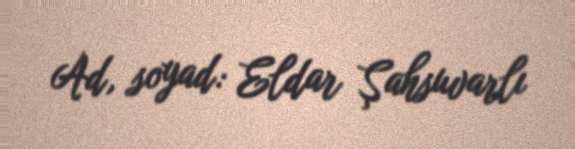
Ad, soyad: Eldar Şahsuvarlı